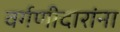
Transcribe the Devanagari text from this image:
वर्गणीदारांना